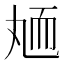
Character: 䎠